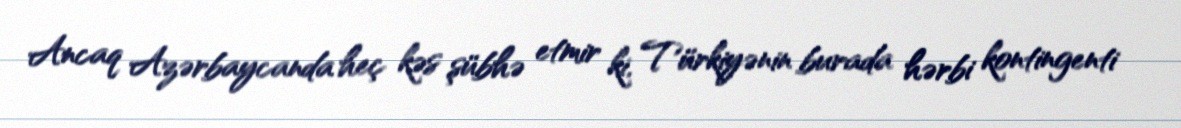
Ancaq Azərbaycanda heç kəs şübhə etmir ki, Türkiyənin burada hərbi kontingenti